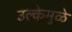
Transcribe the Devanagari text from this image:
उल्केमुळे